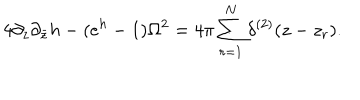
4 \partial _ { z } \partial _ { \bar { z } } h - ( e ^ { h } - 1 ) \Omega ^ { 2 } = 4 \pi \sum _ { r = 1 } ^ { N } \delta ^ { ( 2 ) } ( z - z _ { r } ) .